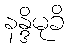
နန္ဒိမုခိ